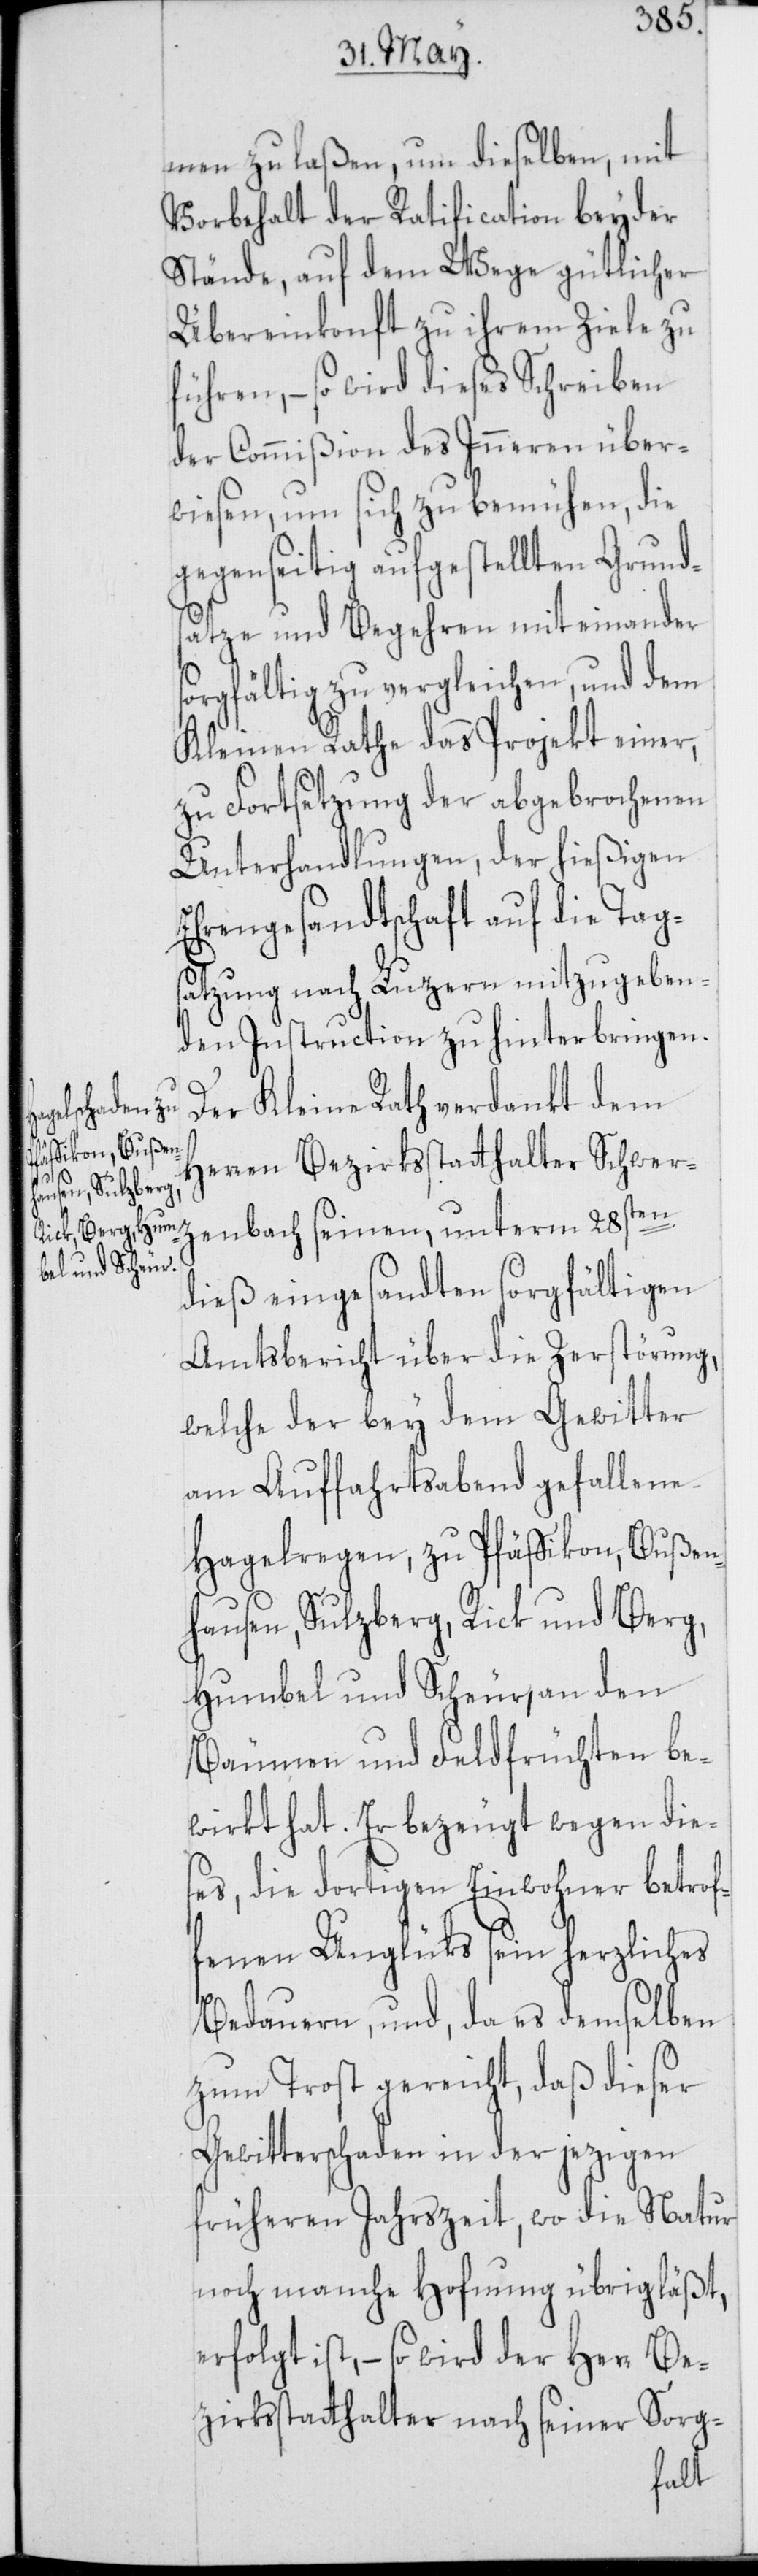
men zu laßen, um dieselben, mit
Vorbehalt der Ratification beyder
Stände, auf dem Wege gütlicher
Übereinkonft zu ihrem Ziele zu
führen, – so wird dieses Schreiben
der Commißion des Inneren über¬
wiesen, um sich zu bemühen, die
gegenseitig aufgestellten Grund¬
sätze und Begehren mit einander
sorgfältig zu vergleichen, und dem
Kleinen Rathe das Projekt einer,
zu Forstsetzung der abgebrochenen
Unterhandlungen, der hießigen
Ehrengesandtschaft auf die Tag¬
satzung nach Luzern mitzugeben¬
den Instruction zu hinterbringen.
Der Kleine Rath verdankt dem
nbach seinen,
Herren Bezirksstatthalter Schwerze¬
dieß eingesandten sorgfältigen
Amtsbericht über die Zerstörung,
welche der bey dem Gewitter
am Auffahrtsabend gefallene
Hagelregen zu Pfäffikon, Bußen¬
hausen, Sulzberg, Rick und Berg,
Humbel und Scheur, an den
Bäumen und Feldfrüchten be¬
wirkt hat. Er bezeugt wegen die¬
ses, die dortigen Einwohner betrof¬
fenen Unglüks sein herzliches
Bedauern, und, da es demselben
zum Trost gereicht, daß dieser
Gewitterschaden in der jezigen
früheren Jahrszeit, wo die Natur
noch manche Hofnung übrig läßt,
erfolgt ist, – so wird der Herr Be¬
zirksstatthalter nach seiner Sorg-